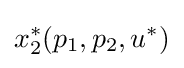
x_{2}^{*}(p_{1},p_{2},u^{*})